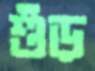
শুঁড়